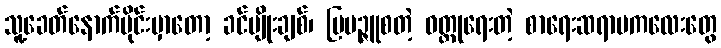
သူ့ခေတ်နောက်ပိုင်းမှာတော့ ခင်မျိုးချစ်၊ မြမဉ္ဇူစတဲ့ ဝတ္ထုရေးတဲ့ စာရေးဆရာမကလေးတွေ